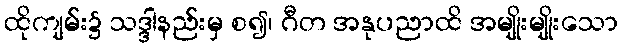
ထိုကျမ်း၌ သဒ္ဒါနည်းမှ စ၍၊ ဂီတ အနုပညာထိ အမျိုးမျိုးသော